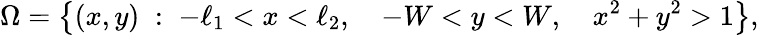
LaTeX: \Omega=\left\lbrace(x,y)\; :\; -\ell_{1}<x<\ell_{2},\quad-W<y<W,\quad x^{2}+y^{2}>1\right\rbrace,